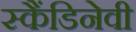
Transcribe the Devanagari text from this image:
स्कैंडिनेवी